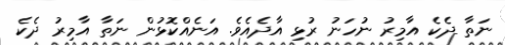
ނަތާ ދެކެ އާމިރު ނުހަނު ރުޅި އާދެއެވެ. އަނެއްކޮޅުން ނަތާ އާމިރު ދެކެ